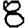
Digit: 8